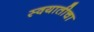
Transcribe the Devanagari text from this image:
स्वयातीचा